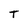
Character: T